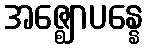
အဇ္ဈောပန္နေ